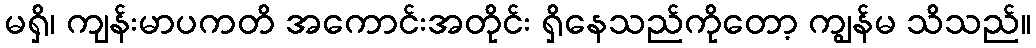
မရှိ၊ ကျန်းမာပကတိ အကောင်းအတိုင်း ရှိနေသည်ကိုတော့ ကျွန်မ သိသည်။